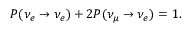
P ( \nu _ { e } \rightarrow \nu _ { e } ) + 2 P ( \nu _ { \mu } \rightarrow \nu _ { e } ) = 1 .